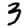
Digit: 3